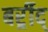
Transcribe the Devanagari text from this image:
बर्र्र्रीद्